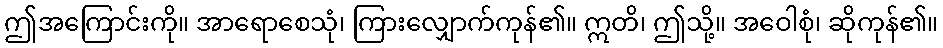
ဤအကြောင်းကို။ အာရောစေသုံ၊ ကြားလျှောက်ကုန်၏။ ဣတိ၊ ဤသို့။ အဝေါစုံ၊ ဆိုကုန်၏။